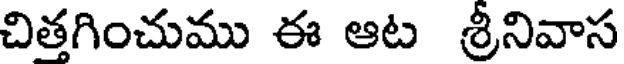
చితగించుము ఈ ఆట శ్రీనివాస